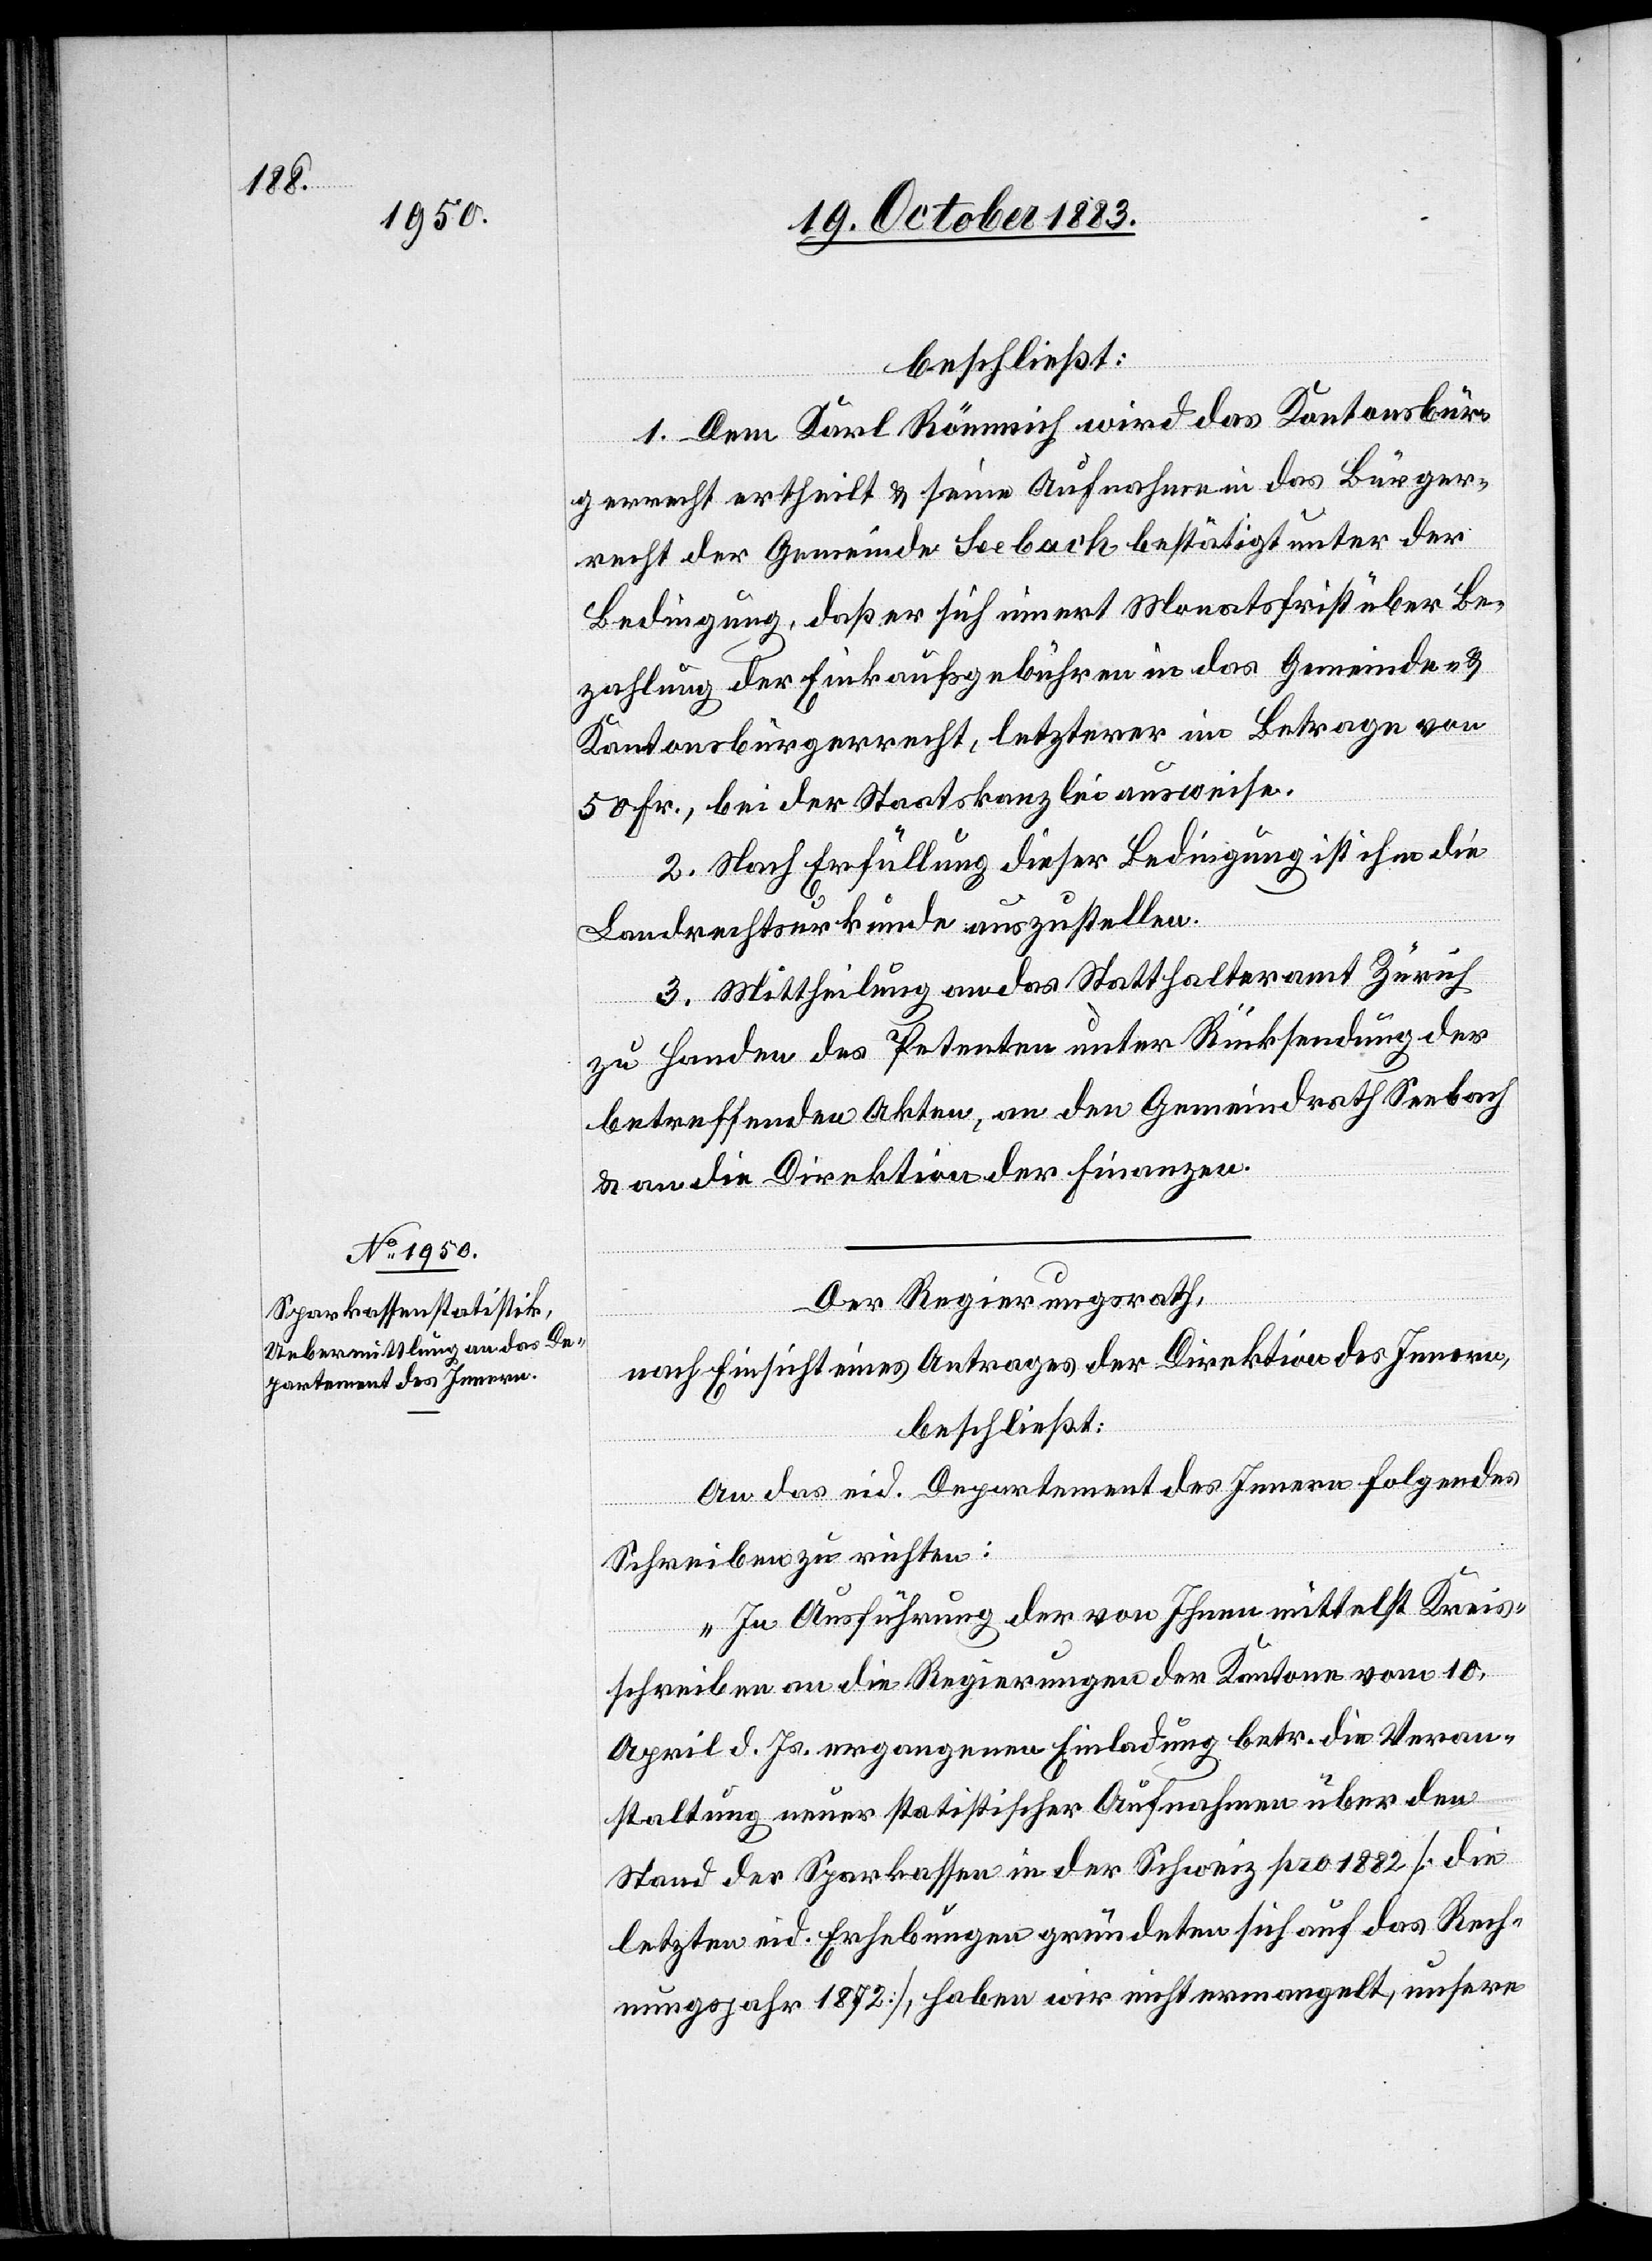
beschließt:
1. Dem Karl Römmich wird das Kantonsbür¬
gerrecht ertheilt & seine Aufnahme in das Bürger¬
recht der Gemeinde Seebach bestätigt unter der
Bedingung, daß er sich innert Monatsfrist über Be¬
zahlung der Einkaufgebühren in das Gemeinde- &
Kantonsbürgerrecht, letzterer im Betrage von
50 Fr., bei der Staatskanzlei ausweise.
2. Nach Erfüllung dieser Bedingung ist ihm die
Landrechtsurkunde auszustellen.
3. Mittheilung an das Statthalteramt Zürich
zu Handen des Petenten unter Rücksendung der
betreffenden Akten, an den Gemeindrath Seebach
& an die Direktion der Finanzen.